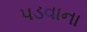
પડવાના